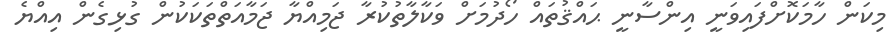
މިކަން ހާމަކޮށްފައިވަނީ އިންސާނީ ޙައްޤުތައް ހޯދުމަށް ވަކާލާތުކުރާ ޖަމިއްޔާ ޖަމާއަތްތަކަކުން ގުޅިގެން އިއްޔެ